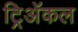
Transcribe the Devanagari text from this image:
ट्रिअॅकल